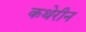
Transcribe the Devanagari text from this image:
कथेरीन